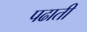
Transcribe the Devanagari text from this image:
पढाती